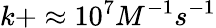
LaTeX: k+\approx 10^{7}M^{-1}s^{-1}